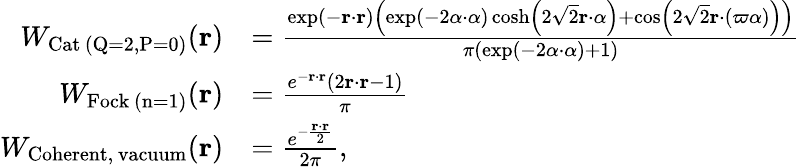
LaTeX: \begin{array}{rl}{W_{\mathrm{Cat\, (Q=2,P=0)}}(\mathbf{r})}&{=\frac{\exp(-\mathbf{r}\cdot\mathbf{r})\left(\exp(-2\alpha\cdot\alpha)\cosh\left(2\sqrt{2}\mathbf{r}\cdot\alpha\right)+\cos\left(2\sqrt{2}\mathbf{r}\cdot(\varpi\alpha)\right)\right)}{\pi(\exp(-2\alpha\cdot\alpha)+1)}}\\ {W_{\mathrm{Fock\, (n=1)}}(\mathbf{r})}&{=\frac{e^{-\mathbf{r}\cdot\mathbf{r}}\left(2\mathbf{r}\cdot\mathbf{r}-1\right)}{\pi}}\\ {W_{\mathrm{Coherent,\, vacuum}}(\mathbf{r})}&{=\frac{e^{-\frac{\mathbf{r}\cdot\mathbf{r}}{2}}}{2\pi},}\end{array}